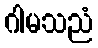
ဂါမသညံ